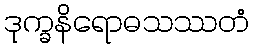
ဒုက္ခနိရောဓသဿတံ